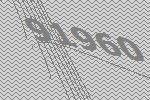
91960